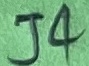
Text: J4